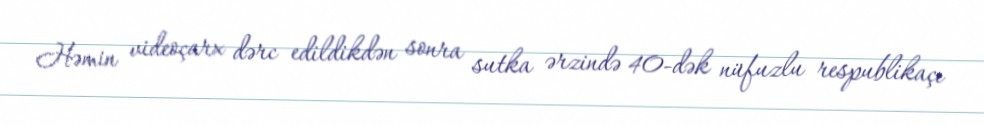
Həmin videoçarx dərc edildikdən sonra sutka ərzində 40-dək nüfuzlu respublikaçı